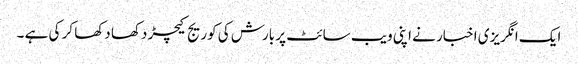
ایک انگریزی اخبار نے اپنی ویب سائٹ پر بارش کی کوریج کیچڑ دکھا دکھا کر کی ہے ۔